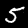
Label: 5